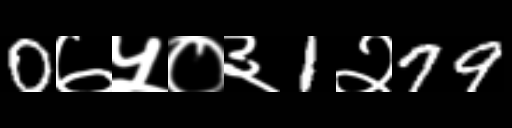
Text: 0७५०३1२79